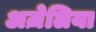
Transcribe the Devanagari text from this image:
अज़ेलिया